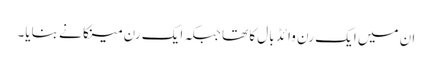
ان میں ایک رن وائڈ بال کا تھا جبکہ ایک رن مینکا نے بنایا۔